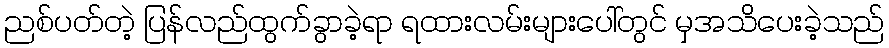
ညစ်ပတ်တဲ့ ပြန်လည်ထွက်ခွာခဲ့ရာ ရထားလမ်းများပေါ်တွင် မှအသိပေးခဲ့သည်